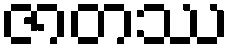
ဇာတဿ